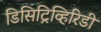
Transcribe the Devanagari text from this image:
डिसिट्रिव्हिरिडी